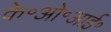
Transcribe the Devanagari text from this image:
के॰ओ॰आई॰